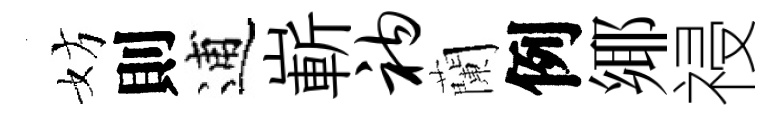
妨則逋嶄衲蘭例鄊祲